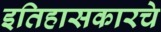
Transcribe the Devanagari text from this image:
इतिहासकारचे